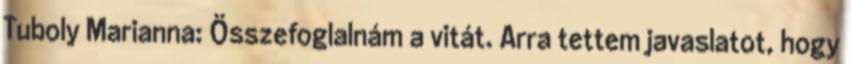
Tuboly Marianna: Összefoglalnám a vitát. Arra tettem javaslatot, hogy